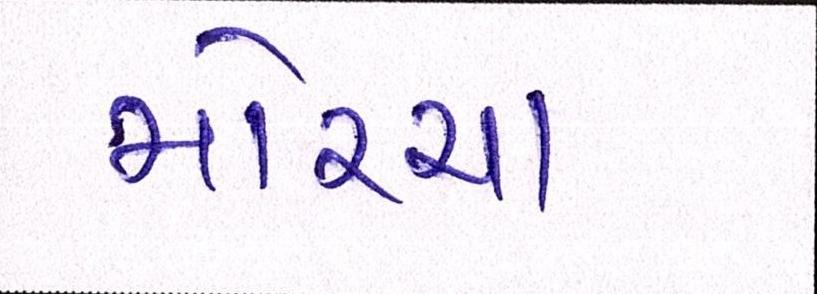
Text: મોરચા